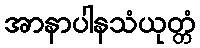
အာနာပါနသံယုတ္တံ